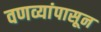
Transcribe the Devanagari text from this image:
वणव्यांपासून